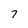
Character: 7